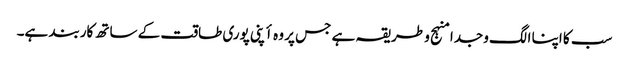
سب کا اپنا الگ وجدا منہج و طریقہ ہے جس پر وہ أپنی پوری طاقت کے ساتھ کاربند ہے۔